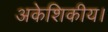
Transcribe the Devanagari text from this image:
अकेशिकीय।